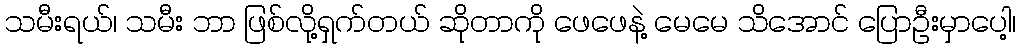
သမီးရယ်၊ သမီး ဘာ ဖြစ်လို့ရှက်တယ် ဆိုတာကို ဖေဖေနဲ့ မေမေ သိအောင် ပြောဦးမှာပေါ့၊